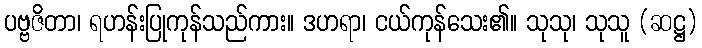
ပဗ္ဗဇိတာ၊ ရဟန်းပြုကုန်သည်ကား။ ဒဟရာ၊ ငယ်ကုန်သေး၏။ သုသု၊ သုသူ (ဆဋ္ဌ)